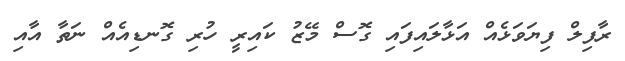
ރާފިލް ފިޔަވަޅެއް އަޅާލައިފައި ގޮސް މޭޒު ކައިރީ ހުރި ގޮނޑިއެއް ނަތާ އާއި